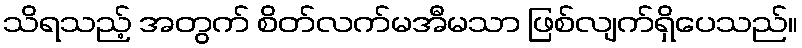
သိရသည့် အတွက် စိတ်လက်မအီမသာ ဖြစ်လျက်ရှိပေသည်။